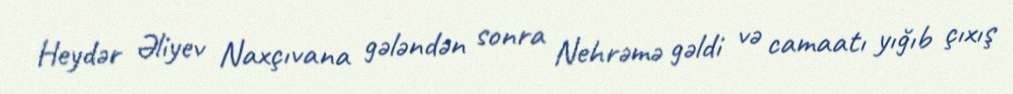
Heydər Əliyev Naxçıvana gələndən sonra Nehrəmə gəldi və camaatı yığıb çıxış